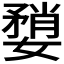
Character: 𫱶